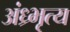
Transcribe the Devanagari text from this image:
अंध्र्भृत्य